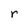
Character: r